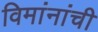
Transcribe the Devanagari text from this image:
विमांनांची